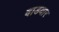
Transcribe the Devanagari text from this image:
वाडयार